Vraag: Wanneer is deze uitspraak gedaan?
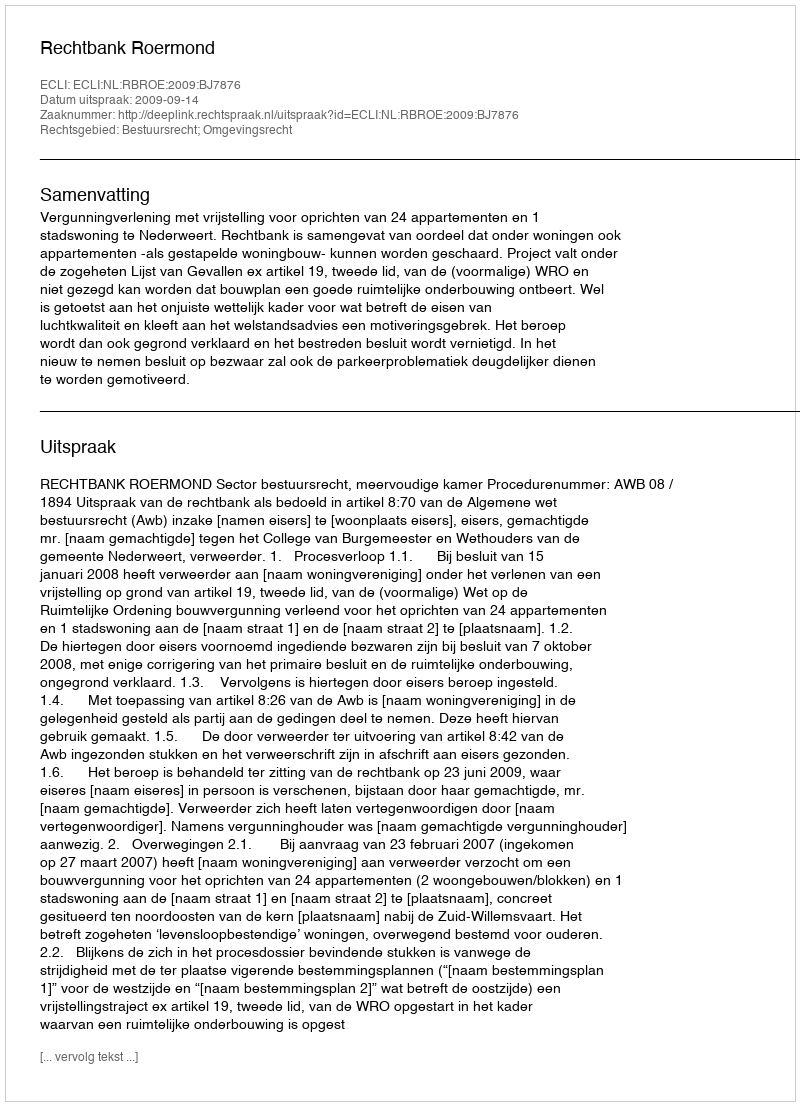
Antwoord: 2009-09-14